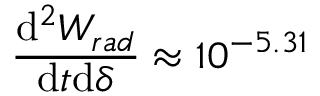
\frac { \mathrm { d } ^ { 2 } W _ { r a d } } { \mathrm { d } t \mathrm { d } \delta } \approx 1 0 ^ { - 5 . 3 1 }